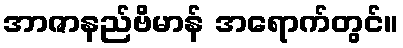
အာဇာနည်ဗိမာန် အရောက်တွင်။